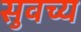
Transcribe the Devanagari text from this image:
सुवच्य